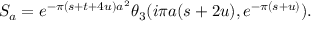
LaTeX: S _ { a } = e ^ { - \pi ( s + t + 4 u ) a ^ { 2 } } \theta _ { 3 } ( i \pi a ( s + 2 u ) , e ^ { - \pi ( s + u ) } ) .